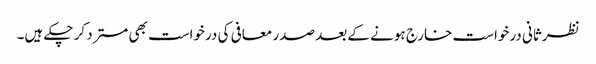
نظرثانی درخواست خارج ہونے کے بعد صدر معافی کی درخواست بھی مسترد کر چکے ہیں۔